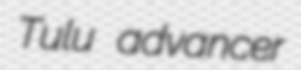
Tulu advancer